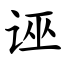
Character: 诬